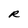
Character: R